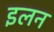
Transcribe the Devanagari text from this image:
इलन